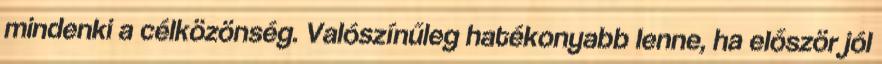
mindenki a célközönség. Valószínűleg hatékonyabb lenne, ha először jól